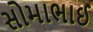
સોમાભાઈ